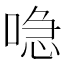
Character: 喼